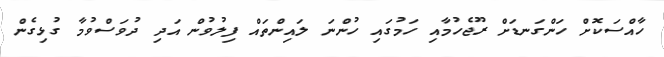
ހާއްސަކޮށް ހަންގަނޑަށް ރޫޖެހުމާއި ހަމުގައި ހުންނަ ލައިންތައް ފިލުވުން އަދި ދުވަސްވުމާ ގުޅިގެން